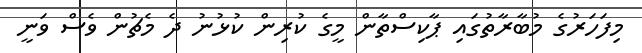
މިފަހަރުގެ މުބާރާތުގައި ޕާކިސްތާން މީގެ ކުރިން ކުޅުނު ދެ މެޗުން ވެސް ވަނީ